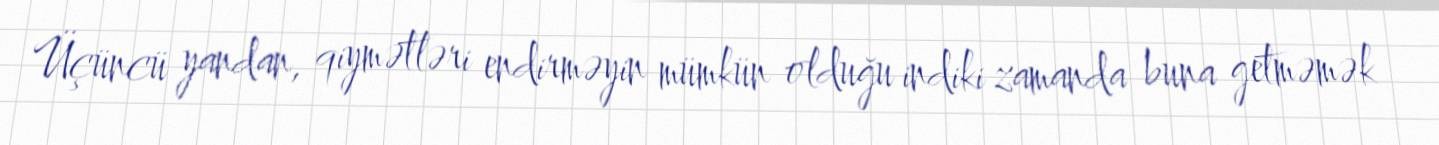
Üçüncü yandan, qiymətləri endirməyin mümkün olduğu indiki zamanda buna getməmək